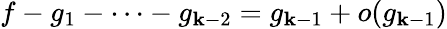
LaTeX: f-g_{1}-\cdots-g_{\mathbf{k}-2}=g_{\mathbf{k}-1}+o(g_{\mathbf{k}-1})